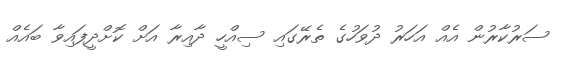
ސަރުކާރުން އެއް އަހަރު ދުވަހުގެ ތެރޭގައި ސިއްހީ ދާއިރާ އަށް ކޮށްދީފައިވާ ބައެއް